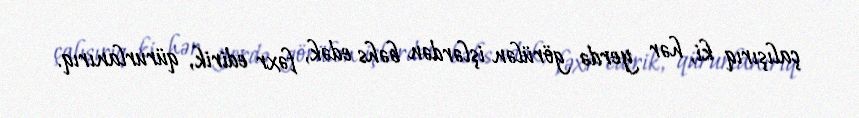
çalışırıq ki, hər yerdə görülən işlərdən bəhs edək, fəxr edirik, qürurlanırıq.